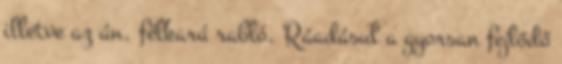
illetve az ún. félkarú rabló. Ráadásul a gyorsan fejlődő